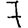
Digit: 7